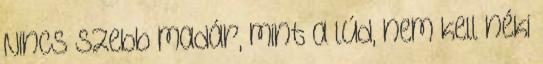
Nincs szebb madár, mint a lúd, nem kell néki